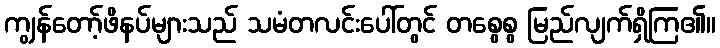
ကျွန်တော့်ဖိနပ်များသည် သမံတလင်းပေါ်တွင် တစွေစွ မြည်လျက်ရှိကြ၏။